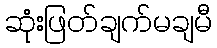
ဆုံးဖြတ်ချက်မချမီ